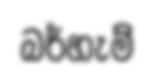
බර්හැම්